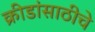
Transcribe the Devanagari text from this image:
क्रीडांसाठीचे